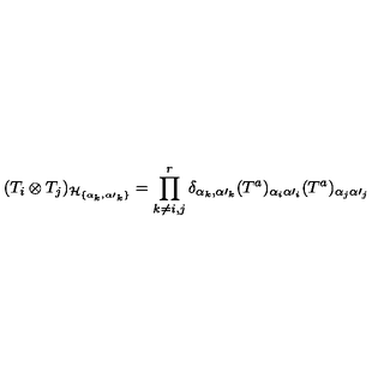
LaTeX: ( T _ { i } \otimes T _ { j } ) _ { { \cal H } _ { \{ \alpha _ { k } , { \alpha \prime } _ { k } \} } } = \prod _ { k \ne i , j } ^ { r } \delta _ { \alpha _ { k } , { \alpha \prime } _ { k } } ( T ^ { a } ) _ { \alpha _ { i } { \alpha \prime } _ { i } } ( T ^ { a } ) _ { \alpha _ { j } { \alpha \prime } _ { j } }